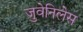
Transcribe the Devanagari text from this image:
जुवेनिलेस